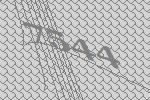
7544